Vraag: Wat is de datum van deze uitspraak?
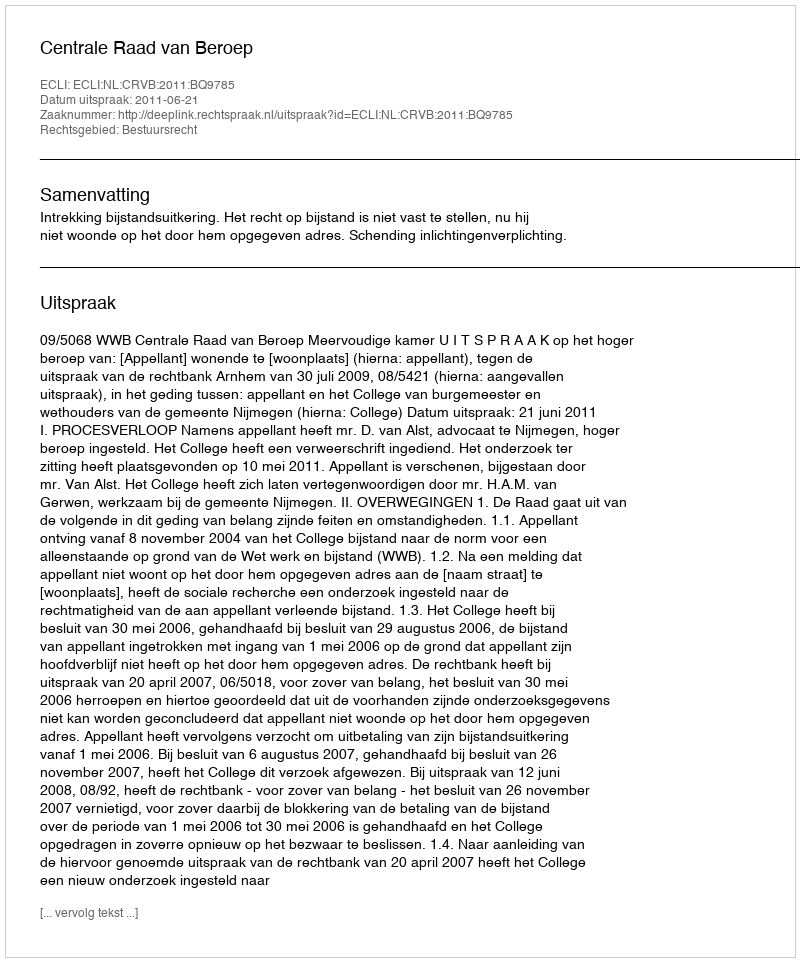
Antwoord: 2011-06-21